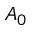
A _ { 0 }